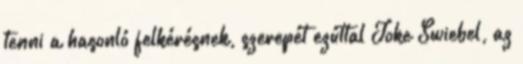
tenni a hasonló felkérésnek, szerepét ezúttal Joke Swiebel, az